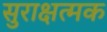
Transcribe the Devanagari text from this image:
सुराक्षत्मक